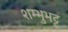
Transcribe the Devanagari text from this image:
शम्भुभट्ट